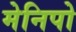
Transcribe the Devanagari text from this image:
मेनिपो